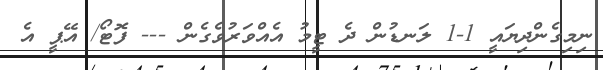
ނިމިގެންދިޔައީ 1-1 ލަނޑުން ދެ ޓީމު އެއްވަރުވެގެން --- ފޮޓޯ/ އޭޕީ އެ